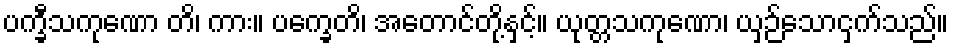
ပက္ခီသကုဏော တိ၊ ကား။ ပက္ခေတိ၊ အတောင်တို့နှင့်။ ယုတ္တသကုဏော၊ ယှဉ်သောငှက်သည်။